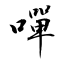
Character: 嘽